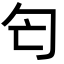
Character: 匄